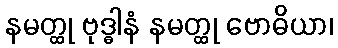
နမတ္ထု ဗုဒ္ဓါနံ နမတ္ထု ဗောဓိယာ၊